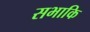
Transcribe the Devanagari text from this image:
सभाकि